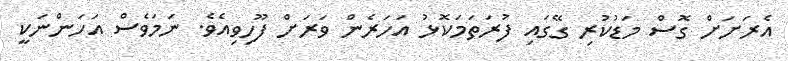
އެރަށަށް ގޮސް މަޑުކުރި ގޭގައި ފުރަތަމަކޮޅު އަހަރެން ވަރަށް ފޫހިވިއެވެ. ނަމަވެސް އަހަންނަކީ